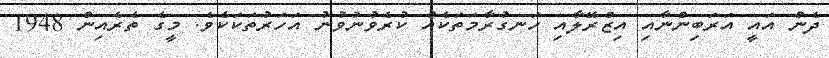
ދެން އައީ އަރަބިންނާއި އިޒްރޭލާއި ހަނގުރާމަތަކެއް ކުރެވުނުވުނު އަހަރުތަކަކެވެ. މީގެ ތެރެއިން 1948